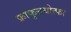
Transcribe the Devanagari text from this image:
फ्राफुत्तयोत्फा